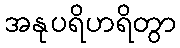
အနုပရိဟရိတွာ